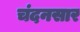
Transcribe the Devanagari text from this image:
चंदनसार